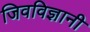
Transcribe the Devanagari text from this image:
जिवविज्ञानी